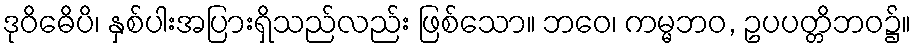
ဒုဝိဓေိပိ၊ နှစ်ပါးအပြားရှိသည်လည်း ဖြစ်သော။ ဘဝေ၊ ကမ္မဘဝ, ဥပပတ္တိဘဝ၌။